Document type: Sale
Year: 1226
Scribe: Ramon d'Om
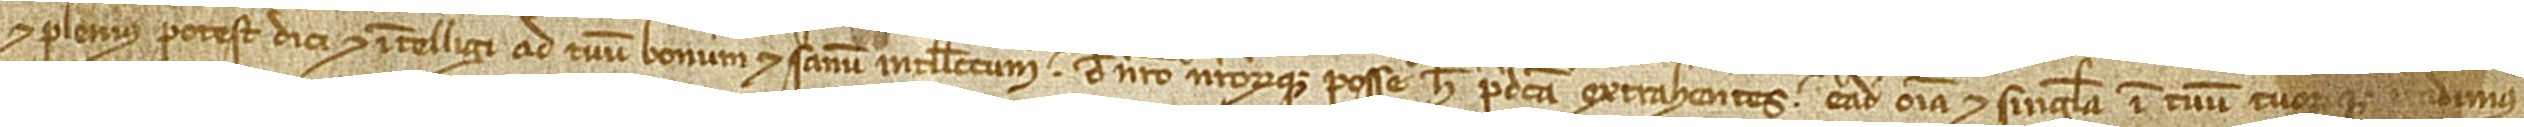
et plenius potest dici et intelligi ad tuum bonum et sanum intellectum de nostro nostrorumque posse hec predicta extrahentes, eadem omnia et singula in tuum tuorumque vendimus